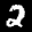
Label: 2